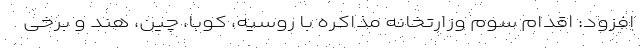
افزود: اقدام سوم وزارتخانه مذاکره با روسیه، کوبا، چین، هند و برخی